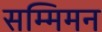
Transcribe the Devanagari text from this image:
सम्मिमन